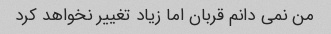
من نمی دانم قربان اما زیاد تغییر نخواهد کرد